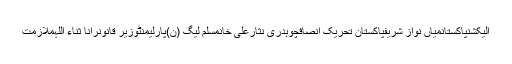
الیکشنپاکستانمیاں نواز شریفپاکستان تحریک انصافچوہدری نثارعلی خانمسلم لیگ (ن)پارلیمنٹوزیر قانونرانا ثناء اللہملازمت